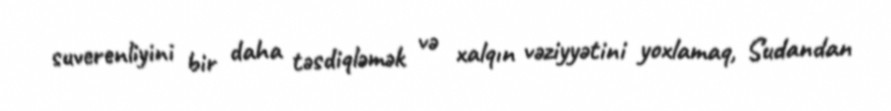
suverenliyini bir daha təsdiqləmək və xalqın vəziyyətini yoxlamaq, Sudandan